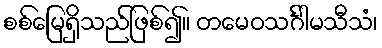
စစ်မြေရှိသည်ဖြစ်၍။ တမေဝသင်္ဂါမသီသံ၊